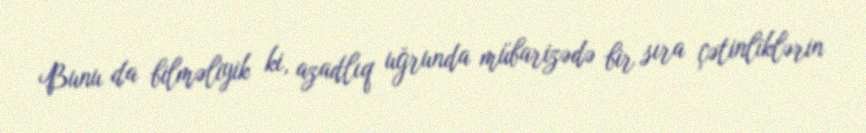
Bunu da bilməliyik ki, azadlıq uğrunda mübarizədə bir sıra çətinliklərin